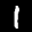
Label: 1